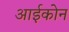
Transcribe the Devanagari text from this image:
आईकोन